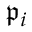
{ \mathfrak { p } } _ { i }